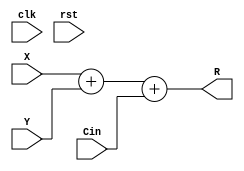
//--------------------------------------------------------------------------------------------
//
// Generated by X-HDL VHDL Translator - Version 2.0.0 Feb. 1, 2011
// Mon Apr 21 2014 01:17:53
//
//      Input file      : 
//      Component name  : intadder_34_f180_uid18
//      Author          : 
//      Company         : 
//
//      Description     : 
//
//
//--------------------------------------------------------------------------------------------

module IntAdder_34_f180_uid18(clk, rst, X, Y, Cin, R);
   input         clk;
   input         rst;
   input [33:0]  X;
   input [33:0]  Y;
   input         Cin;
   output [33:0] R;
   /*
   always @(posedge clk)
      
         ;
   */
	assign R = X + Y + Cin;
   
endmodule